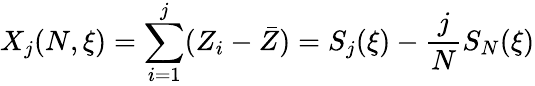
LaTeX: X_{j}(N,\xi)=\sum_{i=1}^{j}(Z_{i}-\bar{Z})=S_{j}(\xi)-\frac{j}{N}S_{N}(\xi)